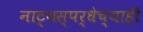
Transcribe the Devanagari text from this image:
नाट्यस्पर्धेच्याही